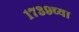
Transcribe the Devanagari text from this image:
१७३९च्या